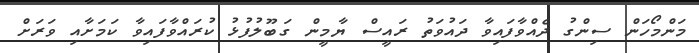
މަންމޯހަން ސިންގު ދެއްވާފައިވާ ދައުވަތު ރައީސް ޔާމީން ގަބޫލުފުޅު ކުރައްވާފައިވާ ކަމަށާއި ވަރަށް